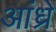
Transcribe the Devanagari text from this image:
आंध्रे